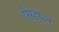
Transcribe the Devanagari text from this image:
सिंद्दान्त